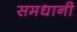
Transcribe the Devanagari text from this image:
समधानी